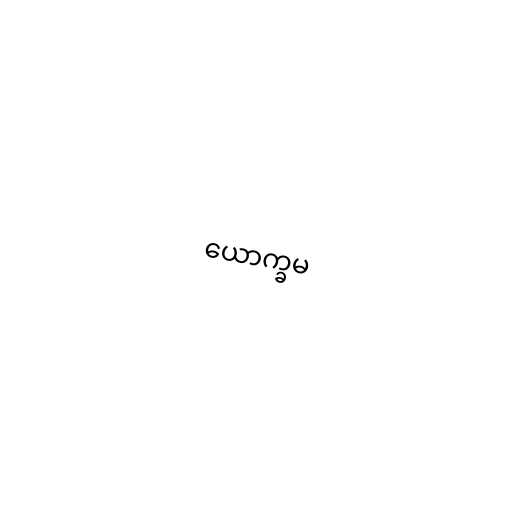
ယောက္ခမ